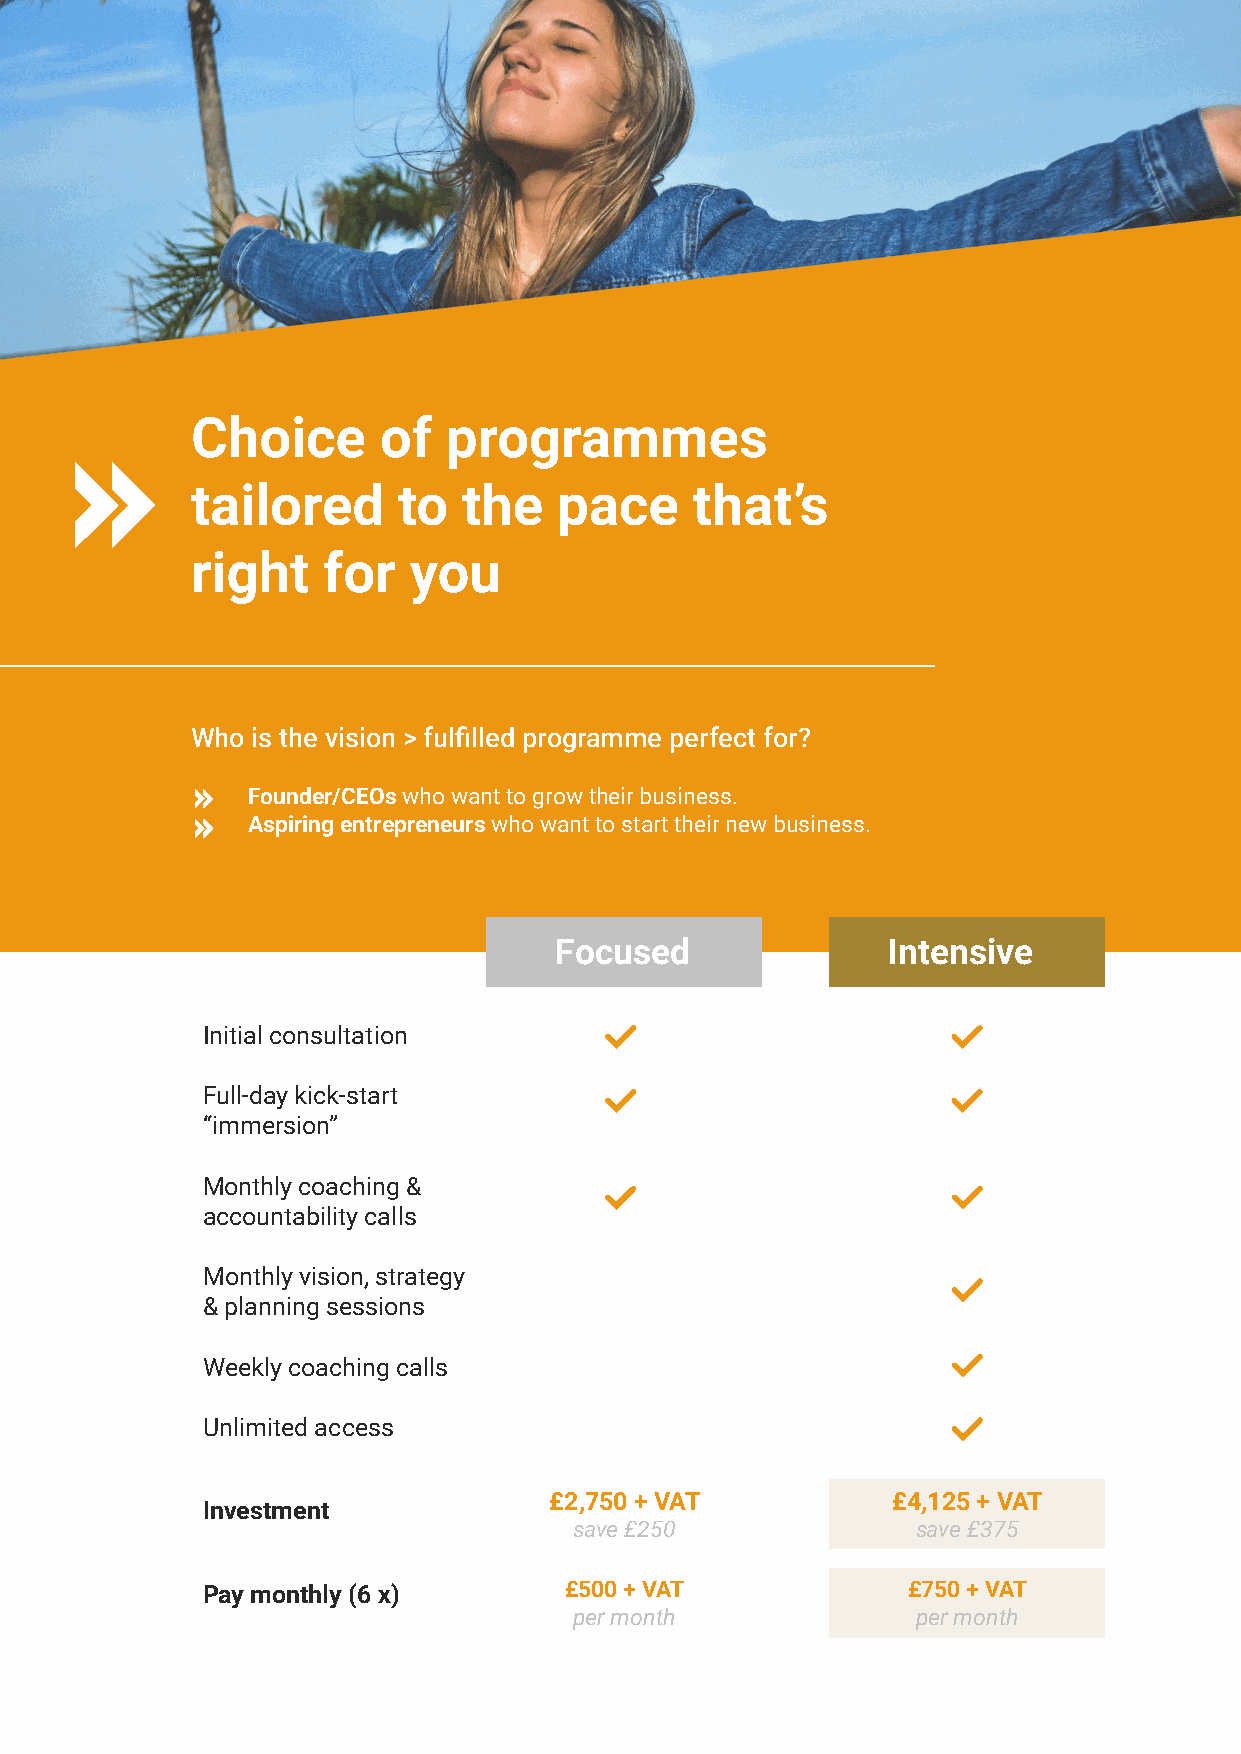
Choice      of   programmes
 tailored     to   the   pace     that’s
 right   for   you
 Who is the vision > fulfilled programme perfect for?
 Founder/CEOs who want to grow their business.
 Aspiring entrepreneurs who want to start their new business.
 Focused               Intensive
 Initial consultation
 Full-day kick-start
 “immersion”
 Monthly coaching &
 accountability calls
 Monthly vision, strategy
 & planning sessions
 Weekly coaching calls
 Unlimited access
 £2,750 + VAT           £4,125 + VAT
 Investment
 save £250              save £375
 Pay monthly (6 x)       £500 + VAT             £750 + VAT
 per month              per month